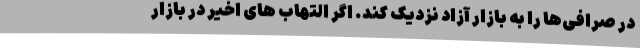
در صرافی‌ها را به بازار آزاد نزدیک کند. اگر التهاب های اخیر در بازار